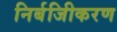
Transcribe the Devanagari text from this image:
निर्बजिीकरण